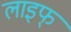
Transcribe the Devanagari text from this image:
लाइफ्